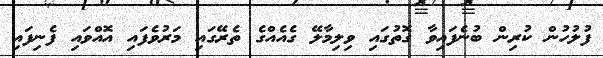
ފުލުހުން ކުރިން ބުނެފައިވާ ގޮތުގައި ވިލިމާލޭ ގެއެއްގެ ތެރޭގައި މަރުވެފައި އޮއްވައި ފެނިފައި